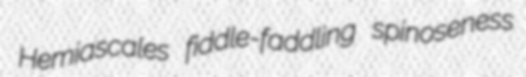
Hemiascales fiddle-faddling spinoseness